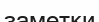
заметки